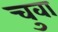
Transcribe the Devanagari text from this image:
चुवा